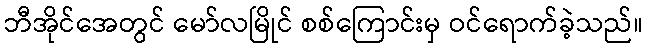
ဘီအိုင်အေတွင် မော်လမြိုင် စစ်ကြောင်းမှ ဝင်ရောက်ခဲ့သည်။